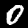
Digit: 0